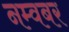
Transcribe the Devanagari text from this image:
नम्वबर